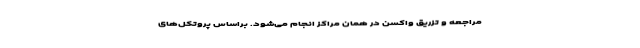
مراجعه و تزریق واکسن در همان مراکز انجام می‌شود. براساس پروتکل‌های